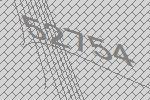
52754